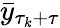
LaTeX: \bar{y}_{\tau_{k}+\tau}